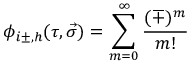
\phi _ { i \pm , h } ( \tau , \vec { \sigma } ) = \sum _ { m = 0 } ^ { \infty } \frac { ( \mp ) ^ { m } } { m ! }